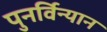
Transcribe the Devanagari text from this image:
पुनर्विन्यान